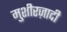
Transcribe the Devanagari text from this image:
मुशीरज़ादी